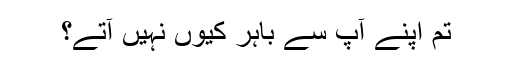
تم اپنے آپ سے باہر کیوں نہیں آتے؟